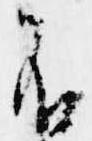
不